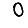
Digit: 0